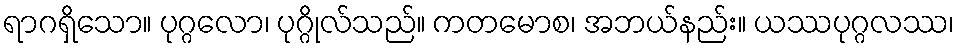
ရာဂရှိသော။ ပုဂ္ဂလော၊ ပုဂ္ဂိုလ်သည်။ ကတမောစ၊ အဘယ်နည်း။ ယဿပုဂ္ဂလဿ၊